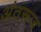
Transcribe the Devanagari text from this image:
अंतरूज